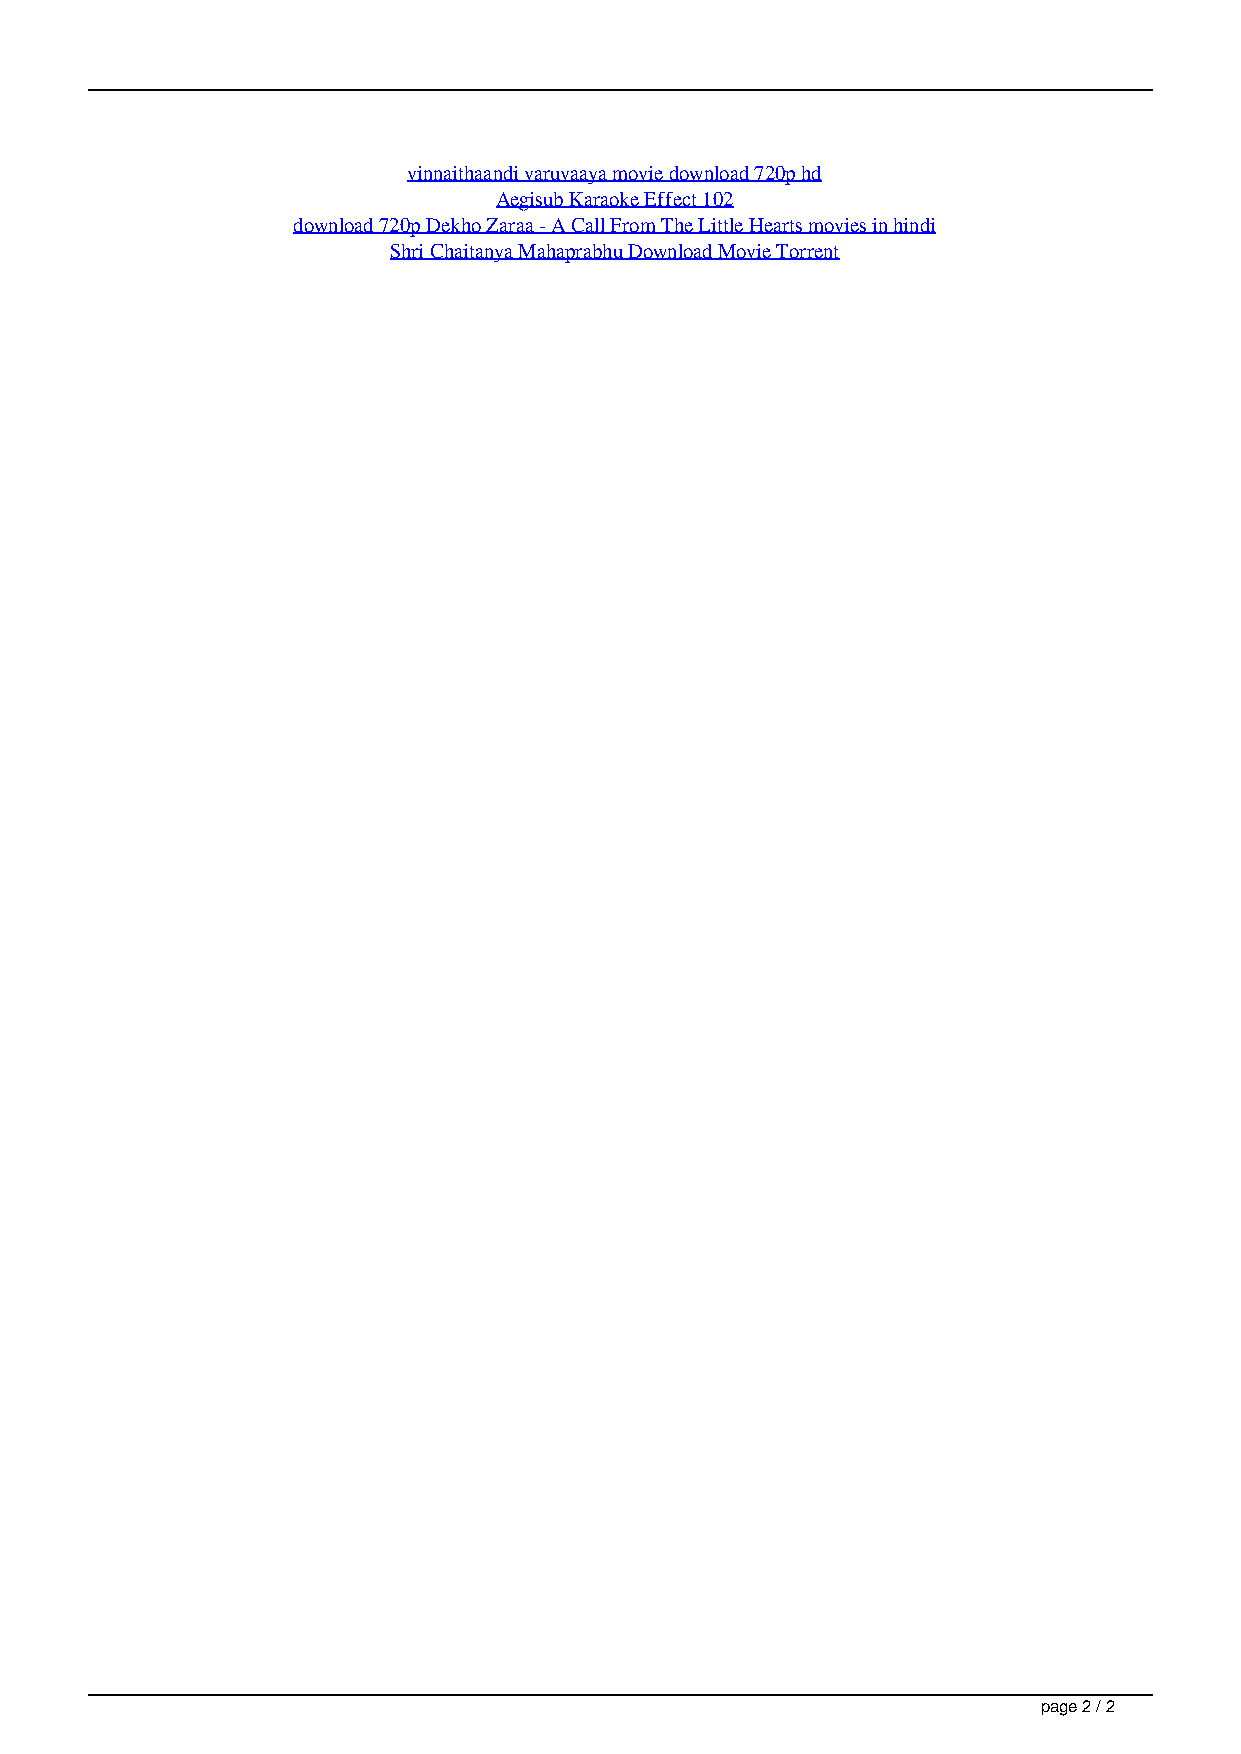
vinnaithaandi varuvaaya movie download 720p hd
 Aegisub Karaoke Effect 102
 download 720p Dekho Zaraa - A Call From The Little Hearts movies in hindi
 Shri Chaitanya Mahaprabhu Download Movie Torrent
 page 2 / 2
 Hari Puttar - A Comedy Of Terrors In Hindi Torrent hausplaner match chiparts intuition optik